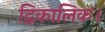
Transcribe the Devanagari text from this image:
द्विकालिक।